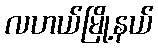
လဟယ်မြို့နယ်